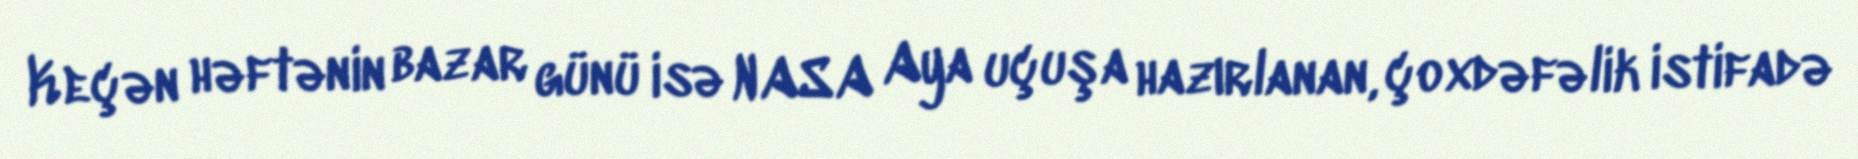
Keçən həftənin bazar günü isə NASA Aya uçuşa hazırlanan, çoxdəfəlik istifadə